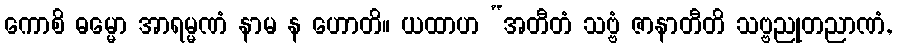
ကောစိ ဓမ္မော အာရမ္မဏံ နာမ န ဟောတိ။ ယထာဟ “အတီတံ သဗ္ဗံ ဇာနာတီတိ သဗ္ဗညုတညာဏံ,